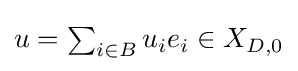
{\textstyle u=\sum _{i\in B}u_{i}e_{i}\in X_{D,0}}